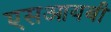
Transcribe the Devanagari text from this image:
एसआयबी